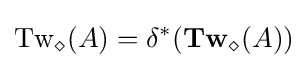
\operatorname {Tw} _{\diamond }(A)=\delta ^{*}(\mathbf {Tw} _{\diamond }(A))